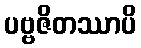
ပဗ္ဗဇိတဿာပိ